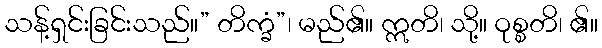
သန့်ရှင်းခြင်းသည်။” တိက္ခံ”၊ မည်၏။ ဣတိ၊ သို့။ ဝုစ္စတိ၊ ၏။